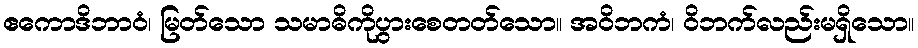
ဧကောဒိဘာဝံ၊ မြတ်သော သမာဓိကိုပွားစေတတ်သော။ အဝိဘကံ၊ ဝိဘက်လည်းမရှိသော။